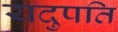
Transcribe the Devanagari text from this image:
यदुपति